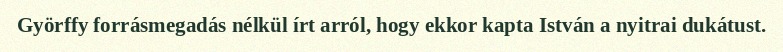
Györffy forrásmegadás nélkül írt arról, hogy ekkor kapta István a nyitrai dukátust.